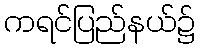
ကရင်ပြည်နယ်၌